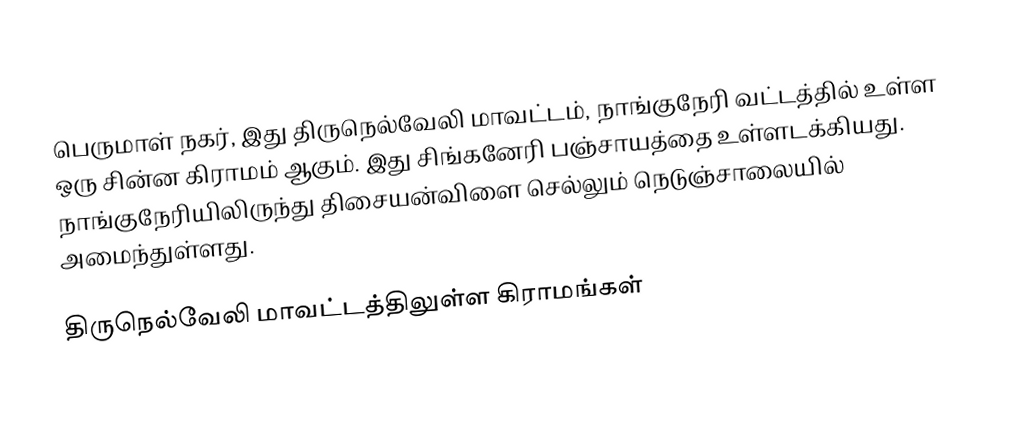
பெருமாள் நகர், இது திருநெல்வேலி மாவட்டம், நாங்குநேரி வட்டத்தில் உள்ள ஒரு சின்ன கிராமம் ஆகும். இது சிங்கனேரி பஞ்சாயத்தை உள்ளடக்கியது. நாங்குநேரியிலிருந்து திசையன்விளை செல்லும் நெடுஞ்சாலையில் அமைந்துள்ளது.

 திருநெல்வேலி  மாவட்டத்திலுள்ள கிராமங்கள்